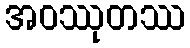
အဝဿုတဿ